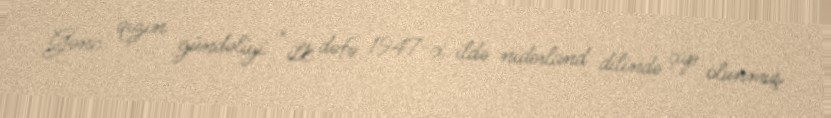
Gənc qızın gündəliyi " ilk dəfə 1947-ci ildə niderland dilində çap olunmuş